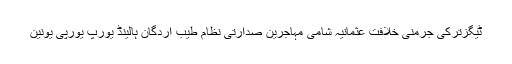
ٹیگزترکی جرمنی خلافت عثمانیہ شامی مہاجرین صدارتی نظام طیب اردگان ہالینڈ یورپ یورپی یونین